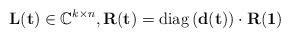
LaTeX: \begin{align*}\mathbf{L}(\mathbf{t})\in\mathbb{C}^{k\times n}, \mathbf{R}(\mathbf{t})=\mathrm{diag}\left(\mathbf{d}(\mathbf{t})\right)\cdot \mathbf{R}(\mathbf{1})\end{align*}